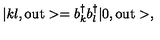
| k l , \mathrm { o u t } > = b _ { k } ^ { \dagger } b _ { l } ^ { \dagger } | 0 , \mathrm { o u t } > ,